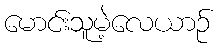
မောင်းသူမဲ့လေယာဉ်